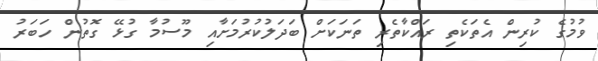
ވުމުގެ ކުރިން އެތަކެތި ރައްކާތެރި ތަނަކަށް ބަދަލުކުރުމަށާއި މޫސުމާ ގުޅޭ ގޮތުން ހަބަރު